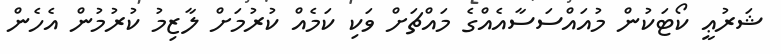
ޝަރުޢީ ކޯޓަކުން މުއައްސަސާއެއްގެ މައްޗަށް ވަކި ކަމެއް ކުރުމަށް ލާޒިމު ކުރުމުން އެހެން